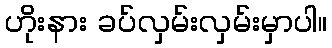
ဟိုးနား ခပ်လှမ်းလှမ်းမှာပါ။